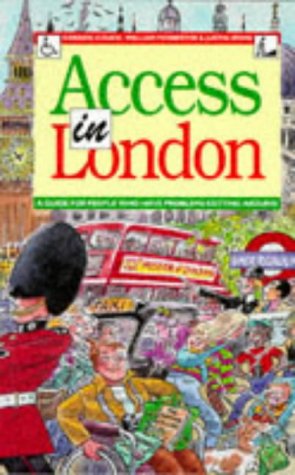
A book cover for Travel Access in London: A Guide for Those Who Have Problems Getting Around; Gordon Couch; Travel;